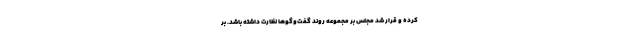
کرده و قرار شد مجلس بر مجموعه روند گفت‌وگوها نظارت داشته باشد. بر